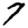
Digit: 7